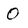
Character: 0